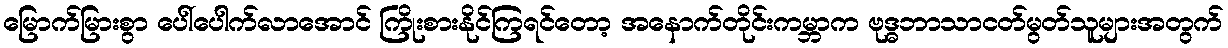
မြောက်မြားစွာ ပေါ်ပေါက်လာအောင် ကြိုးစားနိုင်ကြရင်တော့ အနောက်တိုင်းကမ္ဘာက ဗုဒ္ဓဘာသာငတ်မွတ်သူများအတွက်